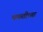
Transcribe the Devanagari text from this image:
चकतीच्या